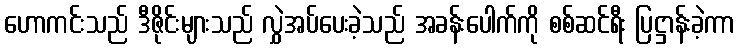
ဟောကင်းသည် ဒီဇိုင်းများသည် လွှဲအပ်ပေးခဲ့သည် အခန်းပေါက်ကို စစ်ဆင်ရီး ပြဋ္ဌာန်းခဲ့ကာ